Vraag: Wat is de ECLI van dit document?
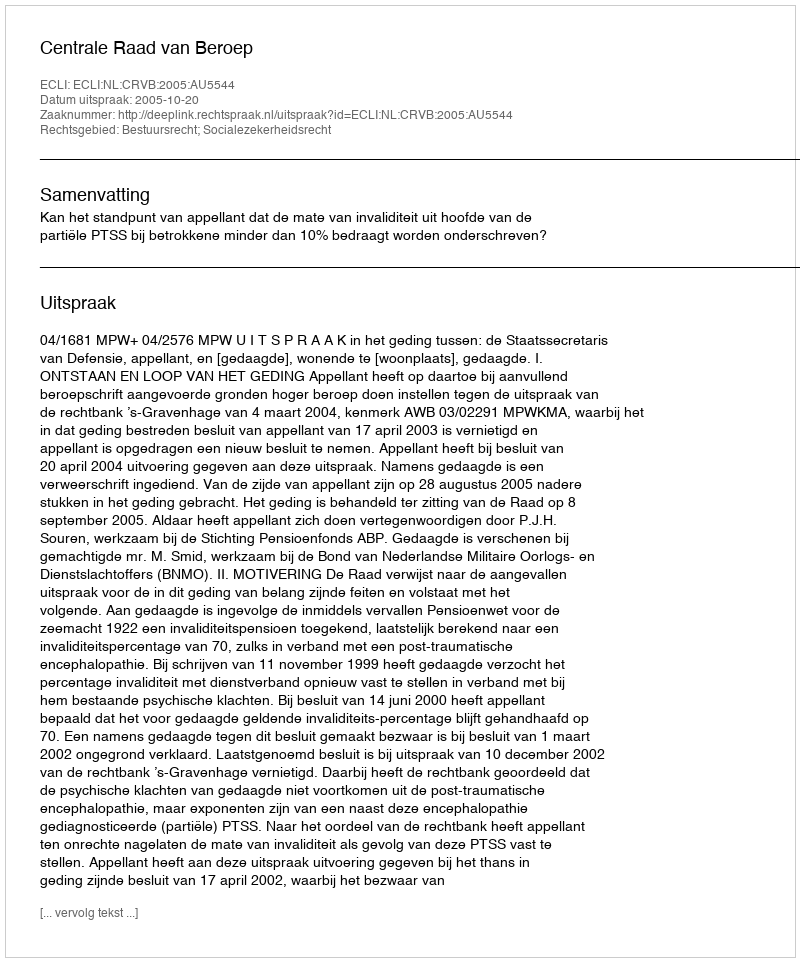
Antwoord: ECLI:NL:CRVB:2005:AU5544